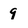
Character: 9